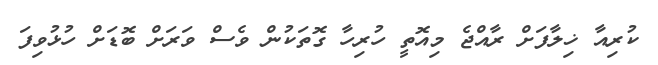
ކުރިއާ ޚިލާފަށް ރާއްޖެ މިއޮތީ ހުރިހާ ގޮތަކުން ވެސް ވަރަށް ބޮޑަށް ހުޅުވިފަ